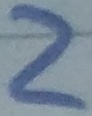
Text: 2